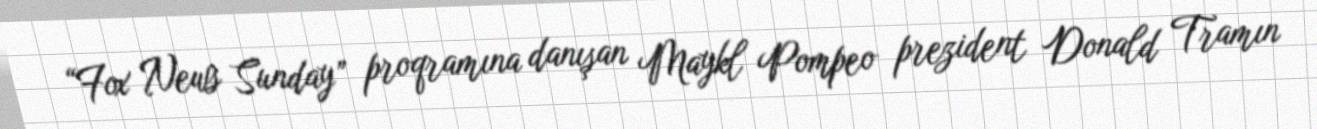
“Fox News Sunday” proqramına danışan Maykl Pompeo prezident Donald Tramın